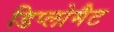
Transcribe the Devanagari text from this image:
डिप्लोमैट